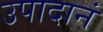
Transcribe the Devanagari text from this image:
उपादानं